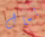
بمال